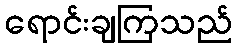
ရောင်းချကြသည်